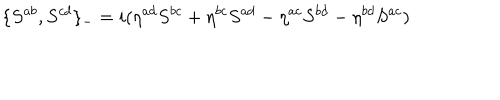
LaTeX: \{ S ^ { a b } , S ^ { c d } \} _ { - } = i ( \eta ^ { a d } S ^ { b c } + \eta ^ { b c } S ^ { a d } - \eta ^ { a c } S ^ { b d } - \eta ^ { b d } S ^ { a c } )